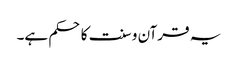
یہ قرآن و سنت کا حکم ہے۔